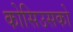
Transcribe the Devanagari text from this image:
कोसिउसको